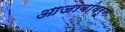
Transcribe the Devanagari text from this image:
आजोबांवरून